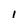
Character: i